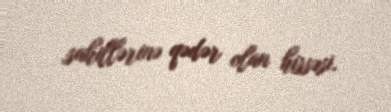
sahillərinə qədər olan hissəsi.